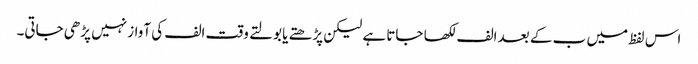
اس لفظ میں ب کے بعد الف لکھا جاتا ہے لیکن پڑھتے یا بولتے وقت الف کی آواز نہیں پڑھی جاتی۔